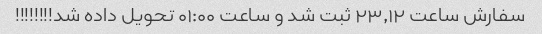
سفارش ساعت ۲۳٫۱۲ ثبت شد و ساعت ۰۱:۰۰ تحویل داده شد!!!!!!!!